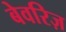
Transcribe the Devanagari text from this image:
बेवरिज़